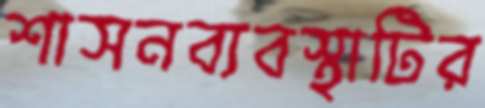
শাসনব্যবস্থাটির